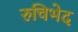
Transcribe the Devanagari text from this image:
रुचिभेद